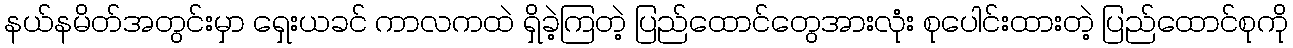
နယ်နမိတ်အတွင်းမှာ ရှေးယခင် ကာလကထဲ ရှိခဲ့ကြတဲ့ ပြည်ထောင်တွေအားလုံး စုပေါင်းထားတဲ့ ပြည်ထောင်စုကို